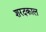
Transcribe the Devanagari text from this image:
शरदकाल